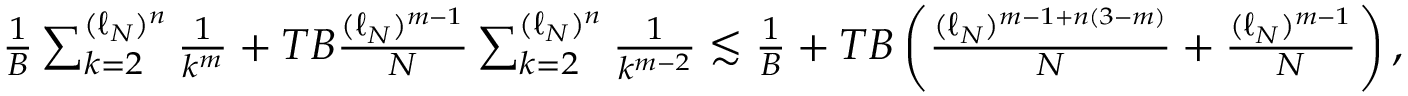
\begin{array} { r } { \frac 1 B \sum _ { k = 2 } ^ { ( \ell _ { N } ) ^ { n } } \frac { 1 } { k ^ { m } } + T B \frac { ( \ell _ { N } ) ^ { m - 1 } } { N } \sum _ { k = 2 } ^ { ( \ell _ { N } ) ^ { n } } \frac { 1 } { k ^ { m - 2 } } \lesssim \frac 1 B + T B \left( \frac { ( \ell _ { N } ) ^ { m - 1 + n ( 3 - m ) } } { N } + \frac { ( \ell _ { N } ) ^ { m - 1 } } { N } \right) , } \end{array}